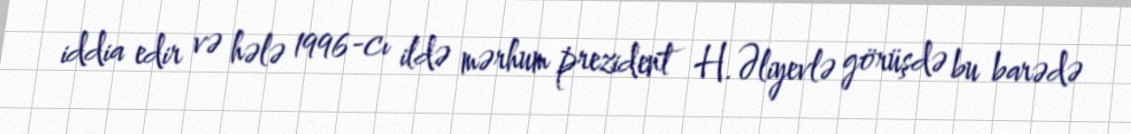
iddia edir və hələ 1996-cı ildə mərhum prezident H.Əliyevlə görüşdə bu barədə